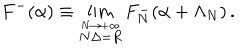
F ^ { - } ( \alpha ) \equiv \lim _ { \stackrel { N \rightarrow + \infty } { N \Delta = R } } F _ { N } ^ { - } ( \alpha + \Lambda _ { N } ) \, .